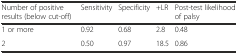
<table><thead><tr><td><b>Number of positive results (below cut-off)</b></td><td><b>Sensitivity</b></td><td><b>Specificity</b></td><td><b>+LR</b></td><td><b>Post-test likelihood of palsy</b></td></tr></thead><tbody><tr><td>1 or more</td><td>0.92</td><td>0.68</td><td>2.8</td><td>0.48</td></tr><tr><td>2</td><td>0.50</td><td>0.97</td><td>18.5</td><td>0.86</td></tr></tbody></table>